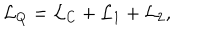
LaTeX: { \cal L } _ { Q } = { \cal L } _ { C } + { \cal L } _ { 1 } + { \cal L } _ { 2 } ,